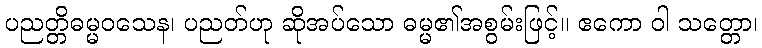
ပညတ္တိဓမ္မဝသေန၊ ပညတ်ဟု ဆိုအပ်သော ဓမ္မ၏အစွမ်းဖြင့်။ ဧကော ဝါ သတ္တော၊